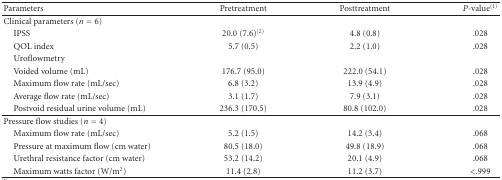
<table><thead><tr><td><b>Parameters</b></td><td><b>Pretreatment</b></td><td><b>Posttreatment</b></td><td><b><i>P</i>-value<sup>(1)</sup></b></td></tr></thead><tbody><tr><td>Clinical parameters (<i>n</i> = 6)</td><td></td><td></td><td></td></tr><tr><td><i> </i>IPSS</td><td>20.0 (7.6)<sup>(2)</sup></td><td>4.8 (0.8)</td><td>.028</td></tr><tr><td><i> </i>QOL index</td><td>5.7 (0.5)</td><td>2.2 (1.0)</td><td>.028</td></tr><tr><td><i> </i>Uroflowmetry</td><td></td><td></td><td></td></tr><tr><td><i> </i>Voided volume (mL)</td><td>176.7 (95.0)</td><td>222.0 (54.1)</td><td>.028</td></tr><tr><td><i> </i>Maximum flow rate (mL/sec)</td><td>6.8 (3.2)</td><td>13.9 (4.9)</td><td>.028</td></tr><tr><td><i> </i>Average flow rate (mL/sec)</td><td>3.1 (1.7)</td><td>7.9 (3.1)</td><td>.028</td></tr><tr><td><i> </i>Postvoid residual urine volume (mL)</td><td>236.3 (170.5)</td><td>80.8 (102.0)</td><td>.028</td></tr><tr><td>Pressure flow studies (<i>n</i> = 4)</td><td></td><td></td><td></td></tr><tr><td><i> </i>Maximum flow rate (mL/sec)</td><td>5.2 (1.5)</td><td>14.2 (3.4)</td><td>.068</td></tr><tr><td><i> </i>Pressure at maximum flow (cm water)</td><td>80.5 (18.0)</td><td>49.8 (18.9)</td><td>.068</td></tr><tr><td><i> </i>Urethral resistance factor (cm water)</td><td>53.2 (14.2)</td><td>20.1 (4.9)</td><td>.068</td></tr><tr><td><i> </i>Maximum watts factor (W/m<sup>2</sup>)</td><td>11.4 (2.8)</td><td>11.2 (3.7)</td><td> &lt;.999</td></tr></tbody></table>